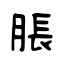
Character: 脹